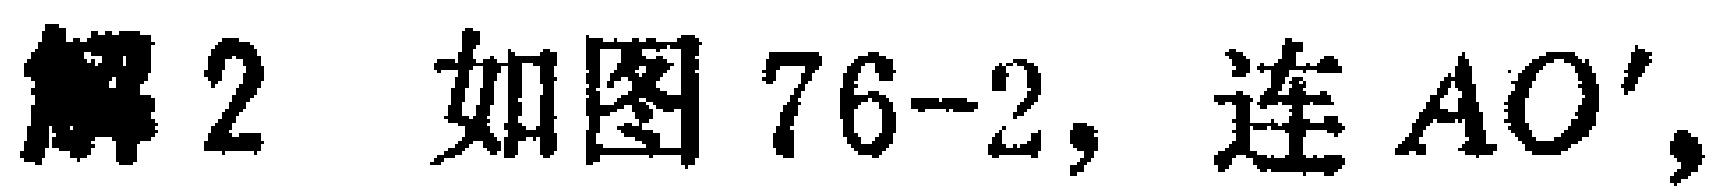
解2 如图76-2, 连 \(AO'\)，